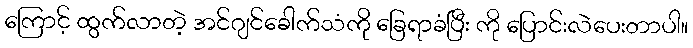
ကြောင့် ထွက်လာတဲ့ အင်ဂျင်ခေါက်သံကို ခြေရာခံပြီး ကို ပြောင်းလဲပေးတာပါ။